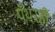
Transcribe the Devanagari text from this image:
पँथरही